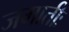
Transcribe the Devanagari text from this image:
जमातीः